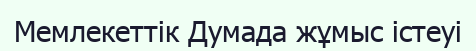
Мемлекеттік Думада жұмыс істеуі